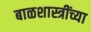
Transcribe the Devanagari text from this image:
बाळशास्त्रींच्या